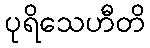
ပုရိသေဟီတိ